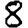
Digit: 8